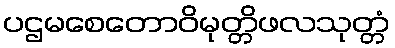
ပဌမစေတောဝိမုတ္တိဖလသုတ္တံ